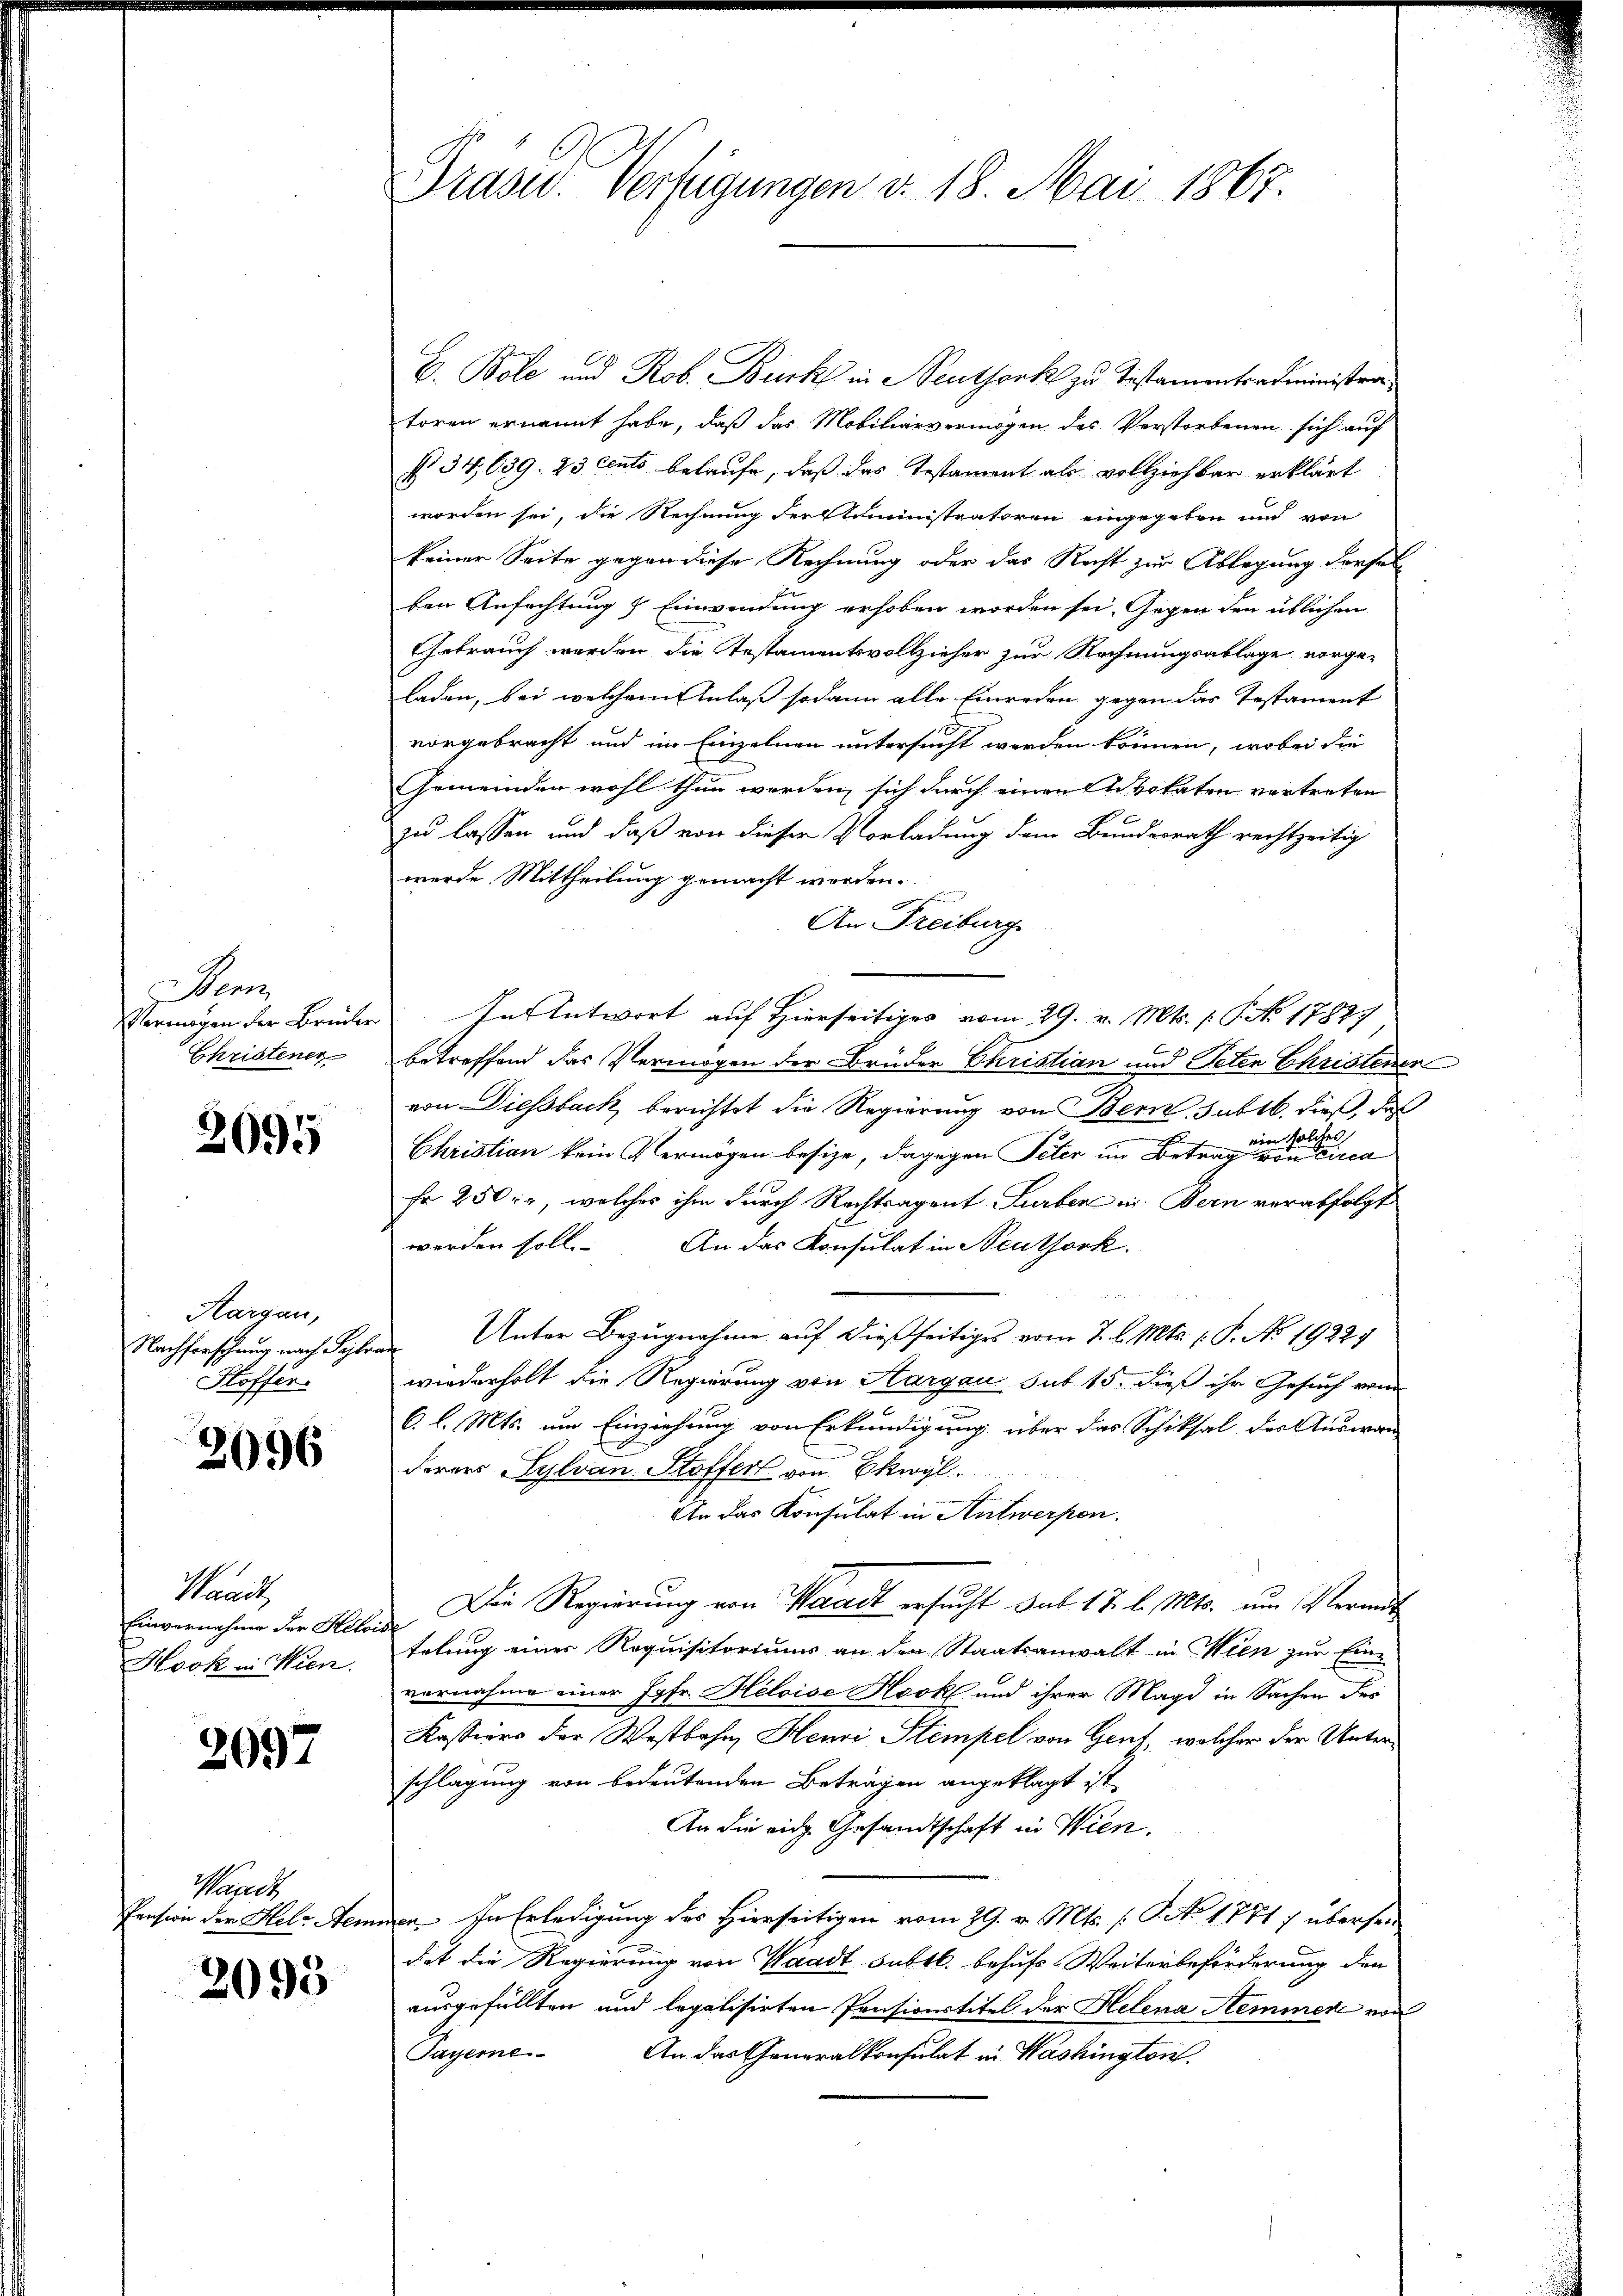
an
Vermögen der Brüder
Christener

2095

Aargau,
Stoffer.

2096

Haarl
Einvernahme der Heloise
Hock in Wien.

2097

Waadt

2095

E. Bole und Rob. Burk in Neuthenk zu Testamentradministratoren ernannt habe, daß das Mobiliarvermögen des Verstorbenen sich auf
§ 34,639. 23 cento belaufe, daß das Testament als vollziehbar erklärt
worden sei, die Rechnung der Administratoren eingegeben und von
keiner Seite gegen diese Rechnung oder das Recht zur Ablegung derselb
ten Anfachtung & Einwendung erhoben worden sei. Gegen den üblichen
Gebrauch werden die Testamentsvollzieher zur Rechnungsablage vorgeladen, bei welchem Anlaß sodann alle Einreden gegen das Testament
vorgebracht und im Einzelnen untersucht werden können, wobei die
Gemeinden wohl thun werden, sich durch einen vokaten vertreten
zu lassen und daß von dieser Vorladung dem Bundesrath rechtzeitig
werde Mittheilung gemacht worden.
n
c
An Freiburg
nsentwort auf Hierseitiges vom 29. v. Mts. P. Nr. 1782
betreffend das Vermögen der Brüder Christian und Peten Christenen
von Diessback, berichtet die Regierung von Bern, sub 16. dieß, daß
Christian kein Vermögen besize, dagegen Peter im Betragen eine
Fr 250, welches ihm durch Rechtragent Surben in Bern verabfolgt
werden soll. An das Konsulat in Neuthork

Nachforschung nach Salone Unter Bezugnahme auf dießseitiges vom 7. l. Mts. 1. P. No. 19227
wiederholt die Regierung von Aargau sub 15. dieß ihr Gesuch von
6. l. Mts. um Einziehung von Erkundigung über das Schiksal des Auswan
derers Gylvan Stoffert von Ekwyl.
An das Konsulat in Antwerpen.
Die Regierung von Waadt ersucht das 17. d. Mts. um Veranstelung einer Requisitoriums an den Staatsanwalt in Wien zur Einvernahme einer Jgfr. Heloise Hock und ihrer Magd in Sachen des
Kassiers der Westbahn Henri Stempel von Gent, welcher der Unterschlagung von bedeutenden Beträgen angeklagt ist,
An die eige Gesandtschaft in Wien.
Pension der Heler-Semmen. In Erledigung des Hierseitigen vom 29. v. Mts. (T. No 1771) übersei
dit die Regierung von Waadt subtl. behufs Weiterbeförderung den
ausgefüllten und legalisirten Pensivertitel der Helena Hemmnen von
Sayerne. An das Generalkonsulat in Washington

Präsid. Verfügungen v. 18. Mai 1867.